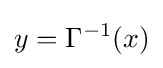
y=\Gamma ^{-1}(x)